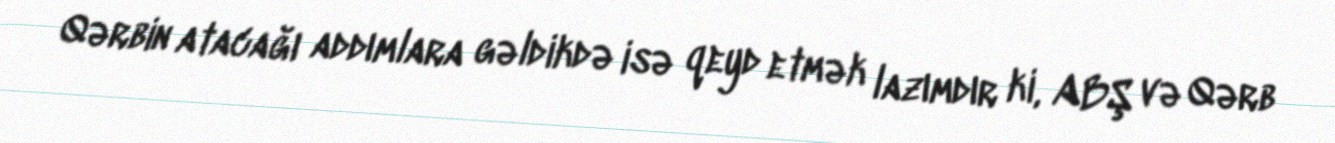
Qərbin atacağı addımlara gəldikdə isə qeyd etmək lazımdır ki, ABŞ və Qərb